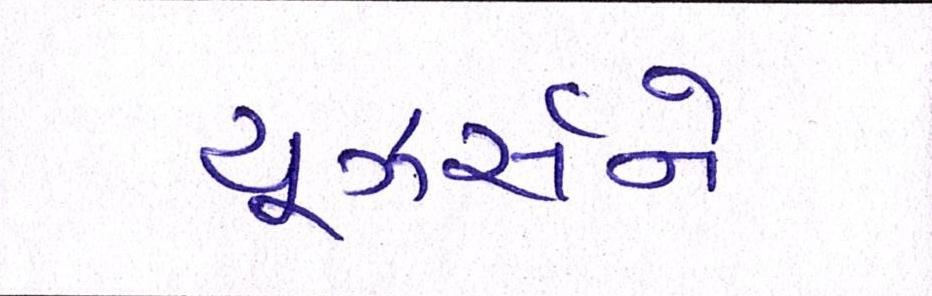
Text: યૂઝર્સને